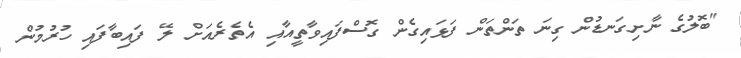
"ބޮލުގެ ނާށިގަނޑުން ގިނަ ތަންތަން ފަޅައިގެން ގޮސްފައިވާތީއާއި އެތެރެއަށް ލޭ ފައިބާފައި ހުރުމުން